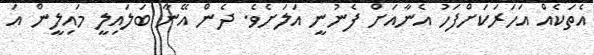
އެތަކެއް އަހަރަކަށްފަހު އެނާއަށް ފެނުނީ އަލަށެވެ. ދެން އޭނާ ބަލައިލީ މައިލީން އަ